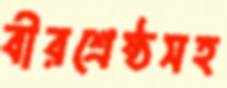
বীরশ্রেষ্ঠসহ